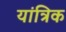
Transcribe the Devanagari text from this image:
यांत्रिक